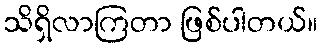
သိရှိလာကြတာ ဖြစ်ပါတယ်။